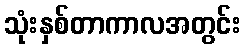
သုံးနှစ်တာကာလအတွင်း